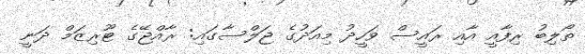
ތޯލިބު ރިފާއީ އާއި ރައީސް ވަހީދު މިއަދުގެ ޖަލްސާގައި: ރާއްޖޭގެ ޓޫރިޒަމް ދަނީ